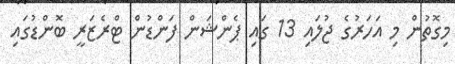
މިގޮތުން މި އަހަރުގެ ޖުލައި 13 ގައި ޕެންޝަން ފަންޑުން ޓްރެޒަރީ ބޮންޑުގައި